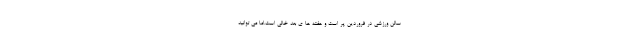
سالن ورزشی در فروردین پر است و هفته ها ی بعد خالی است.اما می توانید